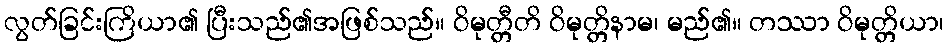
လွတ်ခြင်းကြိယာ၏ ပြီးသည်၏အဖြစ်သည်။ ဝိမုတ္တီတိ ဝိမုတ္တိနာမ၊ မည်၏။ တဿာ ဝိမုတ္တိယာ၊